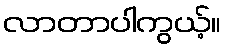
လာတာပါကွယ့်။